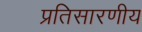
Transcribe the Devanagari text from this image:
प्रतिसारणीय